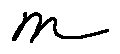
m